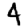
Digit: 4